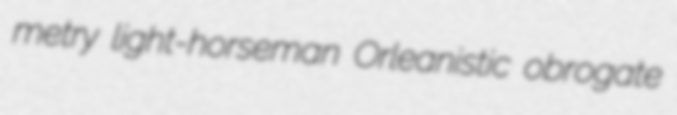
metry light-horseman Orleanistic obrogate